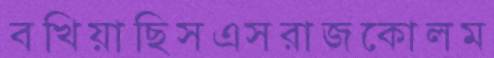
বখিয়াছিসএসরাজকোলম